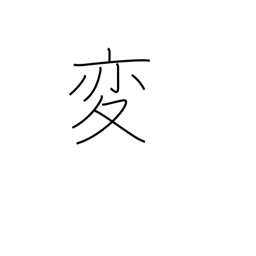
Meaning: unusual